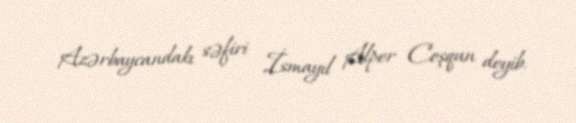
Azərbaycandakı səfiri İsmayıl Alper Coşqun deyib.